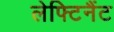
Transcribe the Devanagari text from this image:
लेफ्टिनैंट